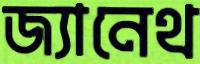
জ্যানেথ